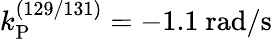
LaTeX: k_{\mathrm{P}}^{(129/131)}=-1.1~\mathrm{rad/s}